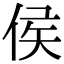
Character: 侯